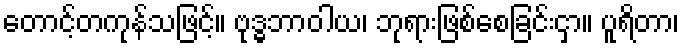
တောင့်တကုန်သဖြင့်။ ဗုဒ္ဓဘာဝါယ၊ ဘုရားဖြစ်စေခြင်းငှာ။ ပူရိတာ၊